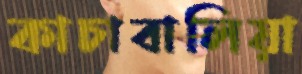
কাচাবালিয়া